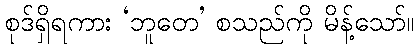
စုဒ်ရှိရကား ‘ဘူတေ’ စသည်ကို မိန့်သော်။